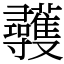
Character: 彠